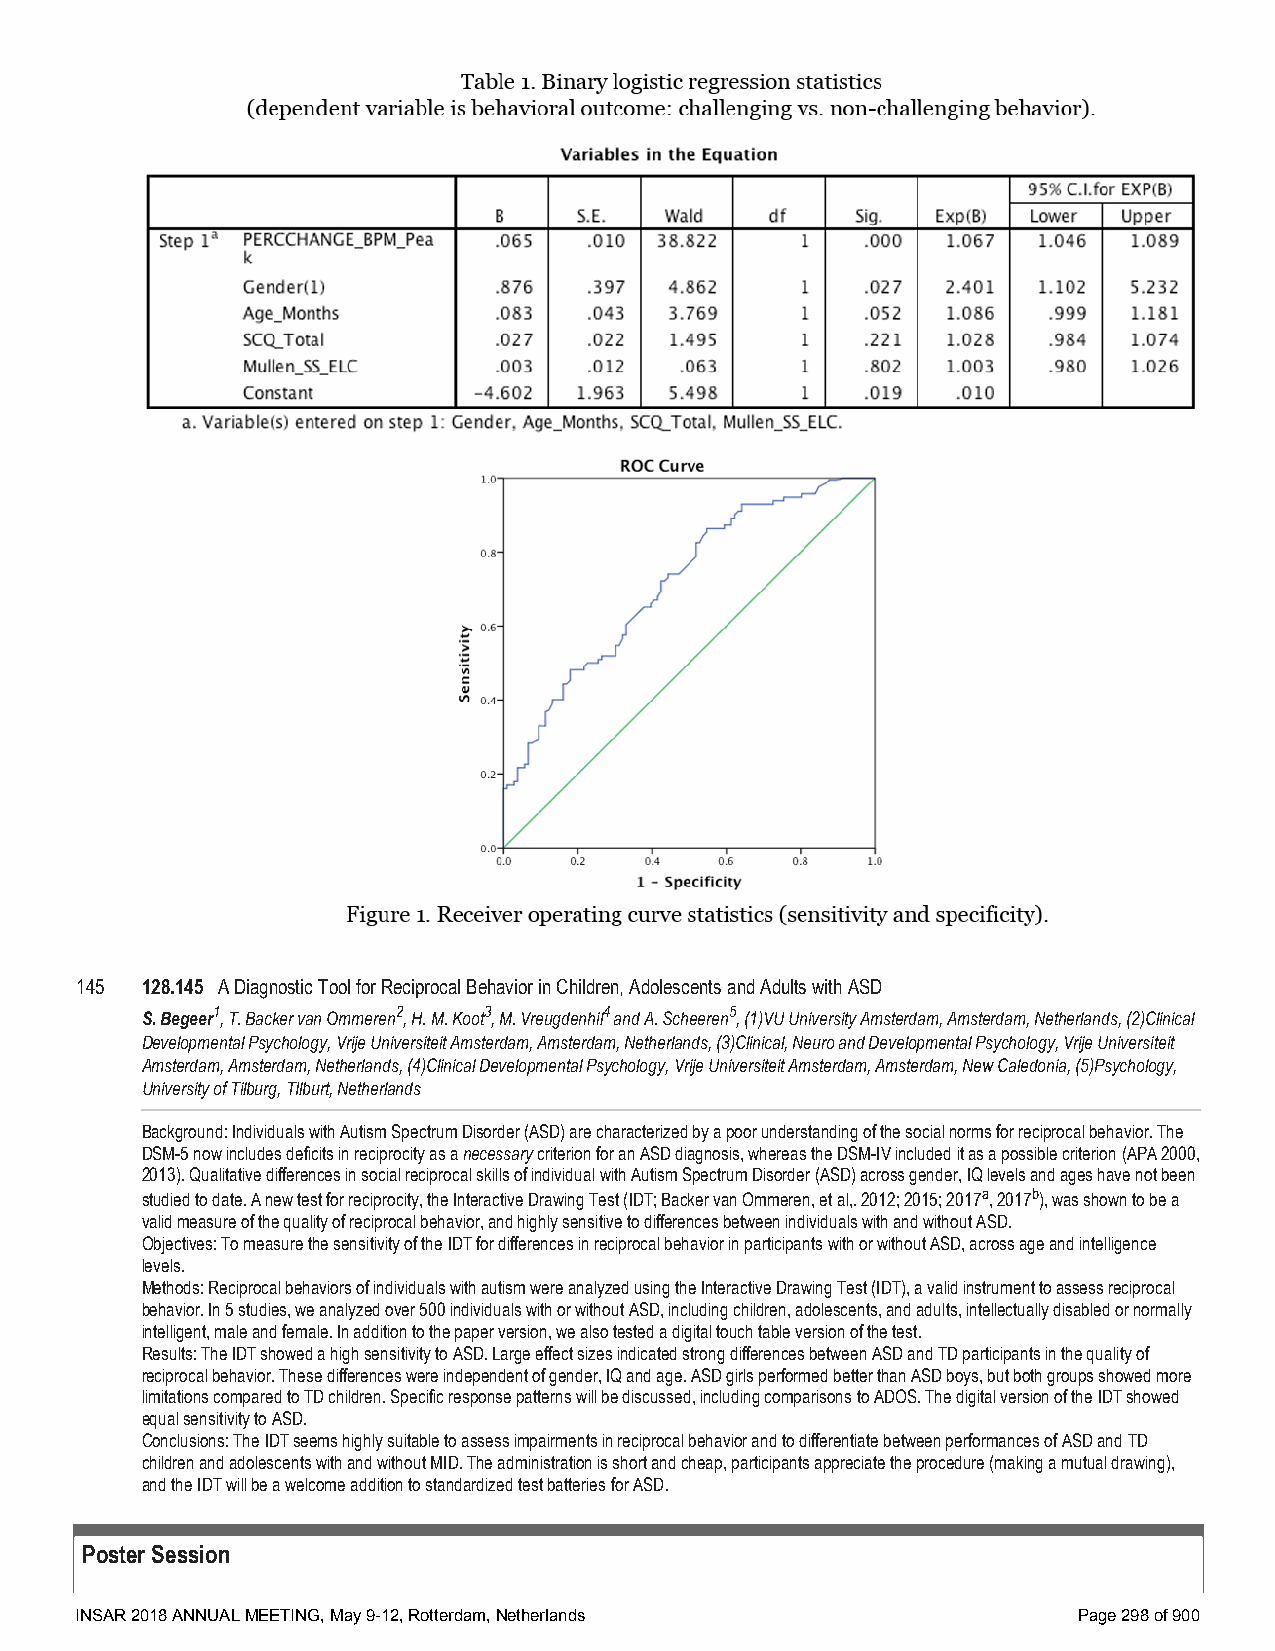
145 128.145 A Diagnostic Tool for Reciprocal Behavior in Children, Adolescents and Adults with ASD
 S. Begeer1, T. Backer van Ommeren2, H. M. Koot3, M. Vreugdenhil4 and A. Scheeren5, (1)VU University Amsterdam, Amsterdam, Netherlands, (2)Clinical
 Developmental Psychology, Vrije Universiteit Amsterdam, Amsterdam, Netherlands, (3)Clinical, Neuro and Developmental Psychology, Vrije Universiteit
 Amsterdam, Amsterdam, Netherlands, (4)Clinical Developmental Psychology, Vrije Universiteit Amsterdam, Amsterdam, New Caledonia, (5)Psychology,
 University of Tilburg, TIlburt, Netherlands
 Background: Individuals with Autism Spectrum Disorder (ASD) are characterized by a poor understanding of the social norms for reciprocal behavior. The
 DSM-5 now includes deficits in reciprocity as a necessary criterion for an ASD diagnosis, whereas the DSM-IV included it as a possible criterion (APA 2000,
 2013). Qualitative differences in social reciprocal skills of individual with Autism Spectrum Disorder (ASD) across gender, IQ levels and ages have not been
 studied to date. A new test for reciprocity, the Interactive Drawing Test (IDT; Backer van Ommeren, et al,. 2012; 2015; 2017a, 2017b), was shown to be a
 valid measure of the quality of reciprocal behavior, and highly sensitive to differences between individuals with and without ASD.
 Objectives: To measure the sensitivity of the IDT for differences in reciprocal behavior in participants with or without ASD, across age and intelligence
 levels.
 Methods: Reciprocal behaviors of individuals with autism were analyzed using the Interactive Drawing Test (IDT), a valid instrument to assess reciprocal
 behavior. In 5 studies, we analyzed over 500 individuals with or without ASD, including children, adolescents, and adults, intellectually disabled or normally
 intelligent, male and female. In addition to the paper version, we also tested a digital touch table version of the test.
 Results: The IDT showed a high sensitivity to ASD. Large effect sizes indicated strong differences between ASD and TD participants in the quality of
 reciprocal behavior. These differences were independent of gender, IQ and age. ASD girls performed better than ASD boys, but both groups showed more
 limitations compared to TD children. Specific response patterns will be discussed, including comparisons to ADOS. The digital version of the IDT showed
 equal sensitivity to ASD.
 Conclusions: The IDT seems highly suitable to assess impairments in reciprocal behavior and to differentiate between performances of ASD and TD
 children and adolescents with and without MID. The administration is short and cheap, participants appreciate the procedure (making a mutual drawing),
 and the IDT will be a welcome addition to standardized test batteries for ASD.
 Poster Session
 INSAR 2018 ANNUAL MEETING, May 9-12, Rotterdam, Netherlands       Page 298 of 900